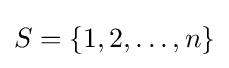
S=\{1,2,\dots ,n\}